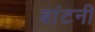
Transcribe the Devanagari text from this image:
बांटनी